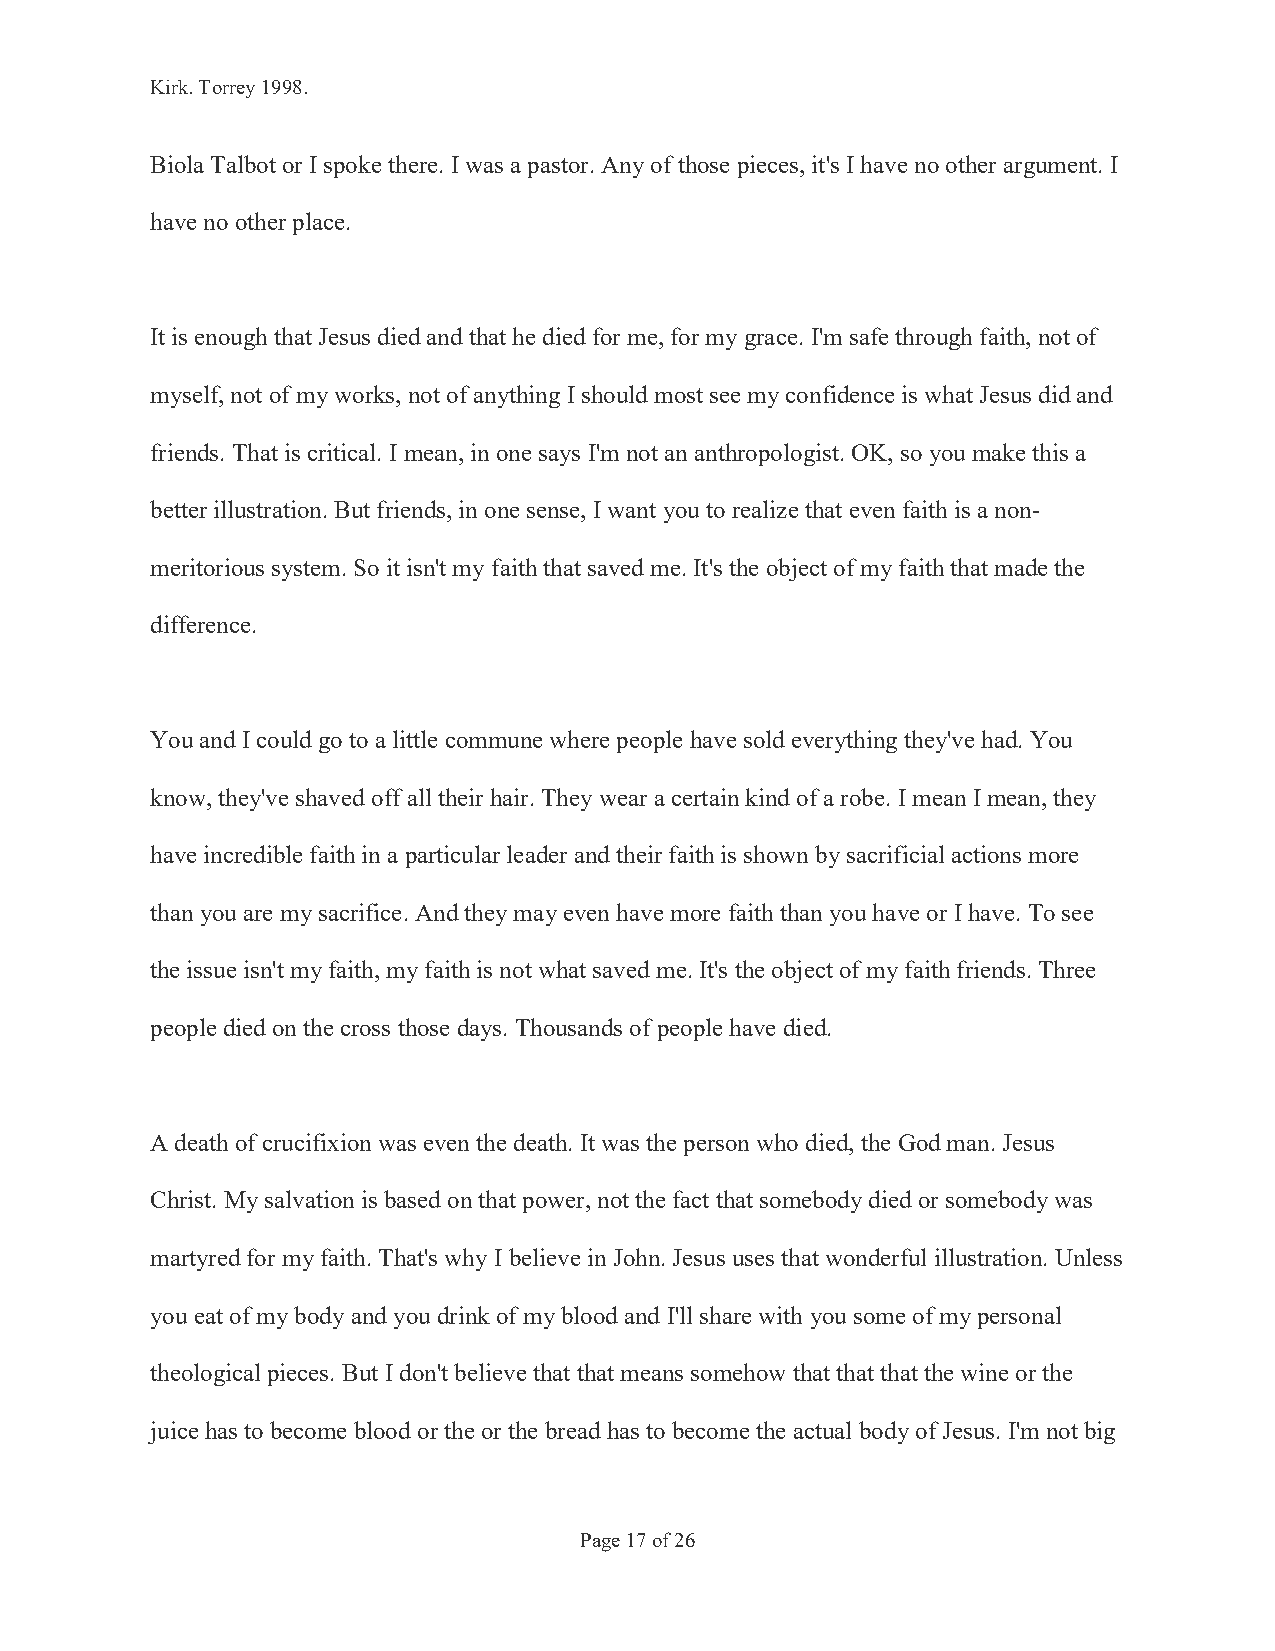
Kirk. Torrey 1998.
 Biola Talbot or I spoke there. I was a pastor. Any of those pieces, it's I have no other argument. I
 have no other place.
 It is enough that Jesus died and that he died for me, for my grace. I'm safe through faith, not of
 myself, not of my works, not of anything I should most see my confidence is what Jesus did and
 friends. That is critical. I mean, in one says I'm not an anthropologist. OK, so you make this a
 better illustration. But friends, in one sense, I want you to realize that even faith is a non-
 meritorious system. So it isn't my faith that saved me. It's the object of my faith that made the
 difference.
 You and I could go to a little commune where people have sold everything they've had. You
 know, they've shaved off all their hair. They wear a certain kind of a robe. I mean I mean, they
 have incredible faith in a particular leader and their faith is shown by sacrificial actions more
 than you are my sacrifice. And they may even have more faith than you have or I have. To see
 the issue isn't my faith, my faith is not what saved me. It's the object of my faith friends. Three
 people died on the cross those days. Thousands of people have died.
 A death of crucifixion was even the death. It was the person who died, the God man. Jesus
 Christ. My salvation is based on that power, not the fact that somebody died or somebody was
 martyred for my faith. That's why I believe in John. Jesus uses that wonderful illustration. Unless
 you eat of my body and you drink of my blood and I'll share with you some of my personal
 theological pieces. But I don't believe that that means somehow that that that the wine or the
 juice has to become blood or the or the bread has to become the actual body of Jesus. I'm not big
 Page 17 of 26